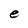
Character: e